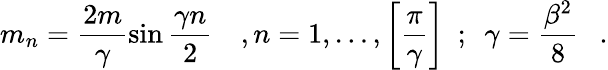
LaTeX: m_{n}=\frac{2m}{\gamma}\sin\frac{\gamma n}{2}~~~~,n=1,\ldots,\left[\frac{\pi}{\gamma}\right]~~;~~\gamma=\frac{\beta^{2}}{8}~~~.